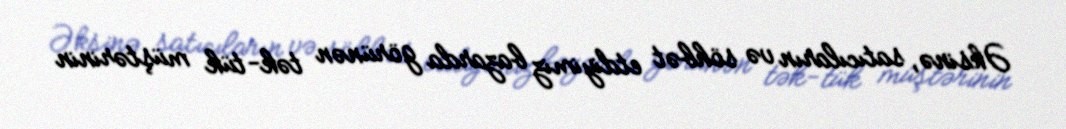
Əksinə, satıcıların və söhbət etdiyimiz bazarda görünən tək-tük müştərinin